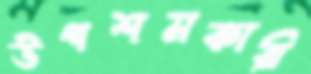
উপশমকারী